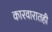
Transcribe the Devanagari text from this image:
कारवारातही